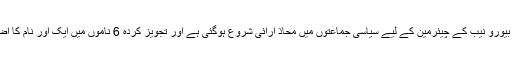
قومی احتساب بیورو نیب کے چیئرمین کے لیے سیاسی جماعتوں میں محاذ آرائی شروع ہوگئی ہے اور تجویز کردہ 6 ناموں میں ایک اور نام کا اضافہ ہوگیا ہے۔